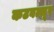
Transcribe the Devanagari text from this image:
कटवल्लूर